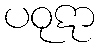
ပဝုဋာ